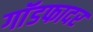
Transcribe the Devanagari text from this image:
गाॅडफादर